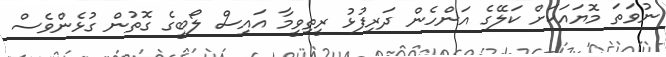
ނުވަތަ މޮޔައަކަށް ކަލޭގެ އަންހެން ދަރިފުޅު ރީތިވީމާ އައިސް ލޯބީގެ ގޮތުން ގުޅެންވެސް